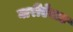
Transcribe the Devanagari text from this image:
घारीऐवडा